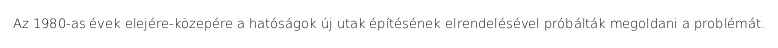
Az 1980-as évek elejére-közepére a hatóságok új utak építésének elrendelésével próbálták megoldani a problémát.